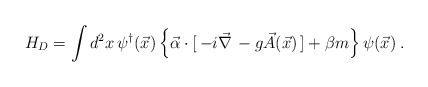
\begin{align*}H_D = \int d^2x \, \psi^{\dagger}(\vec{x}) \left\{ \vec{\alpha} \cdot [ \, -i \vec{\nabla} \, - g \vec{A}(\vec{x}) \,] + \beta m \right\} \psi(\vec{x}) \; .\end{align*}